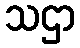
သဌာ